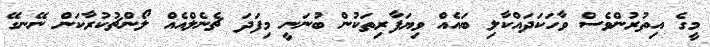
މީގެ އިތުރުންވެސް ވާހަކަދައްކާލި ބައެއް ވިޔަފާރިތަކުން ބުނަނީ މިފަދަ ޗެނެލްއެއް ލޯންޗުކުރާކަން ނޭނގޭ